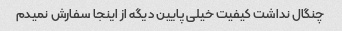
چنگال نداشت کیفیت خیلی پایین دیگه از اینجا سفارش نمیدم